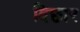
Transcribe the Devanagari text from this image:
विछार